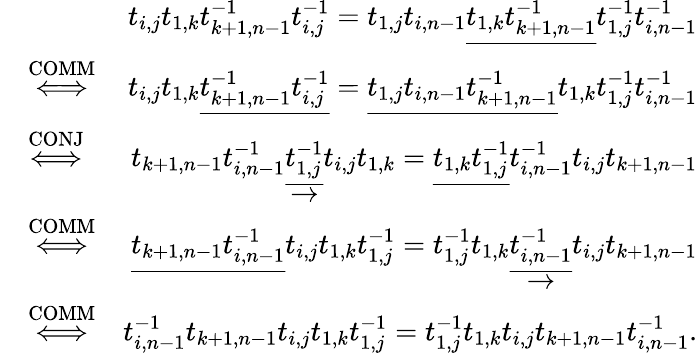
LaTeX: \begin{array}{rlr}&{}&{t_{i,j}t_{1,k}t_{k+1,n-1}^{-1}t_{i,j}^{-1}=t_{1,j}t_{i,n-1}\underline{{t_{1,k}t_{k+1,n-1}^{-1}}}t_{1,j}^{-1}t_{i,n-1}^{-1}}\\ &{\stackrel{\mathrm{COMM}}{\Longleftrightarrow}}&{t_{i,j}t_{1,k}\underline{{t_{k+1,n-1}^{-1}t_{i,j}^{-1}}}=\underline{{t_{1,j}t_{i,n-1}t_{k+1,n-1}^{-1}}}t_{1,k}t_{1,j}^{-1}t_{i,n-1}^{-1}}\\ &{\stackrel{\mathrm{CONJ}}{\Longleftrightarrow}}&{t_{k+1,n-1}t_{i,n-1}^{-1}\underset{\rightarrow}{\underline{{t_{1,j}^{-1}}}}t_{i,j}t_{1,k}=\underline{{t_{1,k}t_{1,j}^{-1}}}t_{i,n-1}^{-1}t_{i,j}t_{k+1,n-1}}\\ &{\stackrel{\mathrm{COMM}}{\Longleftrightarrow}}&{\underline{{t_{k+1,n-1}t_{i,n-1}^{-1}}}t_{i,j}t_{1,k}t_{1,j}^{-1}=t_{1,j}^{-1}t_{1,k}\underset{\rightarrow}{\underline{{t_{i,n-1}^{-1}}}}t_{i,j}t_{k+1,n-1}}\\ &{\stackrel{\mathrm{COMM}}{\Longleftrightarrow}}&{t_{i,n-1}^{-1}t_{k+1,n-1}t_{i,j}t_{1,k}t_{1,j}^{-1}=t_{1,j}^{-1}t_{1,k}t_{i,j}t_{k+1,n-1}t_{i,n-1}^{-1}.}\end{array}